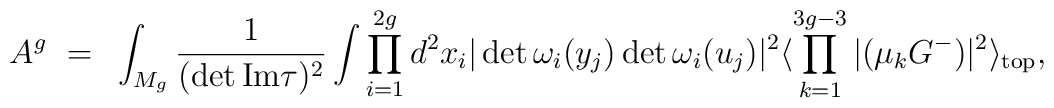
A^{g}~=~\int_{M_g}\frac{1}{(\det \rm{Im}\tau)^{2}}\int\prod_{i=1}^{2g}d^{2}x_{i} |\det{\omega_{i}(y_j)}\det{\omega_{i}(u_{j})}|^2\langle \prod_{k=1}^{3g-3}|(\mu_k G^{-})|^2\rangle_{\rm top},